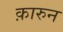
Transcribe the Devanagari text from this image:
क़ारुन